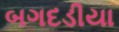
બગદડીયા